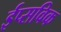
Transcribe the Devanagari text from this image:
ईप्सविक